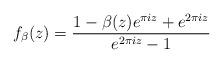
LaTeX: \begin{align*}f_\beta(z)=\frac{1-\beta(z) e^{\pi i z}+e^{2\pi i z}}{e^{2 \pi i z}-1}\end{align*}